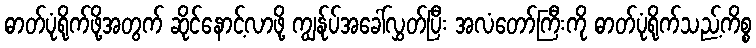
ဓာတ်ပုံရိုက်ဖို့အတွက် ဆိုင်နောင့်လာဖို့ ကျွန်ုပ်အခေါ်လွှတ်ပြီး အလံတော်ကြီးကို ဓာတ်ပုံရိုက်သည့်ကိစ္စ